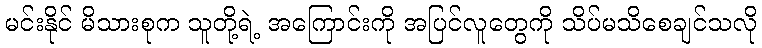
မင်းနိုင် မိသားစုက သူတို့ရဲ့ အကြောင်းကို အပြင်လူတွေကို သိပ်မသိစေချင်သလို